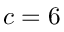
c = 6